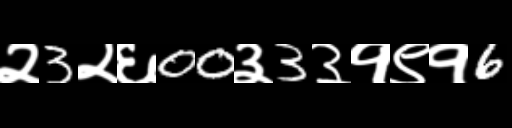
Text: २3२६00३3३१९१6